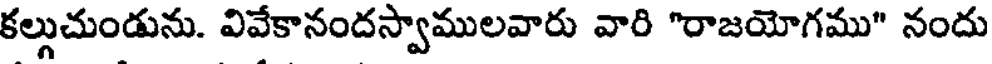
కల్లుచుండును. వివేకానందస్వాములవారు వారి "రాజయోగము" నందు